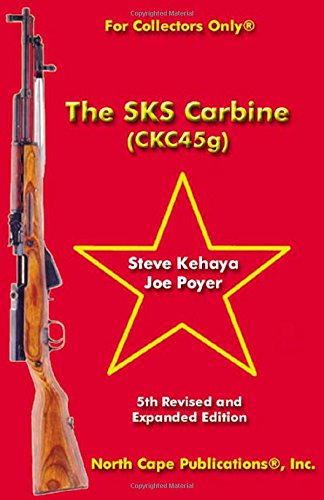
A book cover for The SKS Carbine, 5th Revised and Expanded Edition (For Collectors Only); Steve Kehaya; Engineering & Transportation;